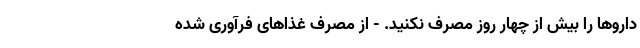
داروها را بیش از چهار روز مصرف نکنید. - از مصرف غذاهای فرآوری شده